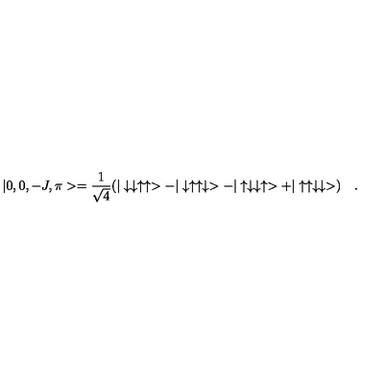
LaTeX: | 0 , 0 , - J , \pi > = \frac { 1 } { \sqrt { 4 } } ( | \downarrow \downarrow \uparrow \uparrow > - | \downarrow \uparrow \uparrow \downarrow > - | \uparrow \downarrow \downarrow \uparrow > + | \uparrow \uparrow \downarrow \downarrow > ) \quad .